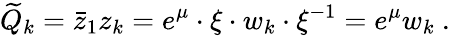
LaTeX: \widetilde Q_{k}={\bar{z}_{1}}z_{k}=e^{\mu}\cdot\xi\cdot w_{k}\cdot\xi^{-1}=e^{\mu}w_{k}\ .